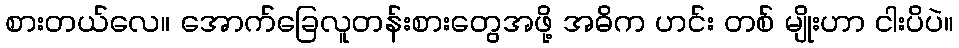
စားတယ်လေ။ အောက်ခြေလူတန်းစားတွေအဖို့ အဓိက ဟင်း တစ် မျိုးဟာ ငါးပိပဲ။